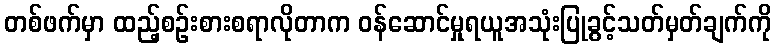
တစ်ဖက်မှာ ထည့်စဉ်းစားစရာလိုတာက ဝန်ဆောင်မှုရယူအသုံးပြုခွင့်သတ်မှတ်ချက်ကို